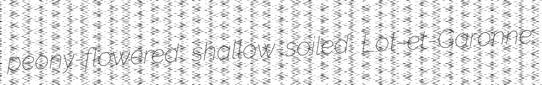
peony-flowered shallow-soiled Lot-et-Garonne